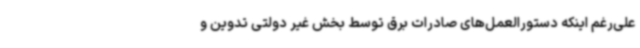
علی‌رغم اینکه دستورالعمل‌های صادرات برق توسط بخش غیر دولتی تدوین و